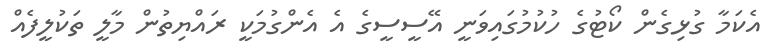
އެކަމާ ގުޅިގެން ކޯޓުގެ ހުކުމުގައިވަނީ އޭސީސީގެ އެ އެންގުމަކީ ރައްޔިތުން މާލީ ތަކުލީފެއް